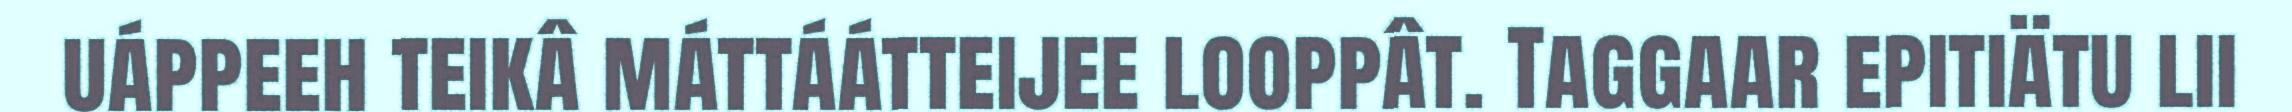
uáppeeh teikâ máttáátteijee looppât. Taggaar epitiätu lii